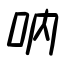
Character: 吶